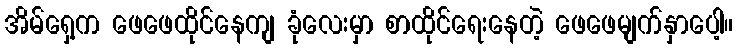
အိမ်ရှေ့က ဖေဖေထိုင်နေကျ ခုံလေးမှာ စာထိုင်ရေးနေတဲ့ ဖေဖေမျက်နှာပေါ့။